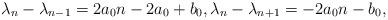
LaTeX: \begin{align*}\lambda_n - \lambda_{n-1} = 2a_{0}n - 2a_{0} + b_{0} , \lambda_n - \lambda_{n+1} = -2a_{0}n -b_{0},\end{align*}